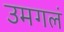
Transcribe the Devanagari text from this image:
उमगलं